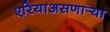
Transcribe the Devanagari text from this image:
एरियाअसणार्‍या